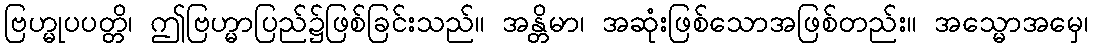
ဗြဟ္မုပပတ္တိ၊ ဤဗြဟ္မာပြည်၌ဖြစ်ခြင်းသည်။ အန္တိမာ၊ အဆုံးဖြစ်သောအဖြစ်တည်း။ အသ္မောအမှေ၊